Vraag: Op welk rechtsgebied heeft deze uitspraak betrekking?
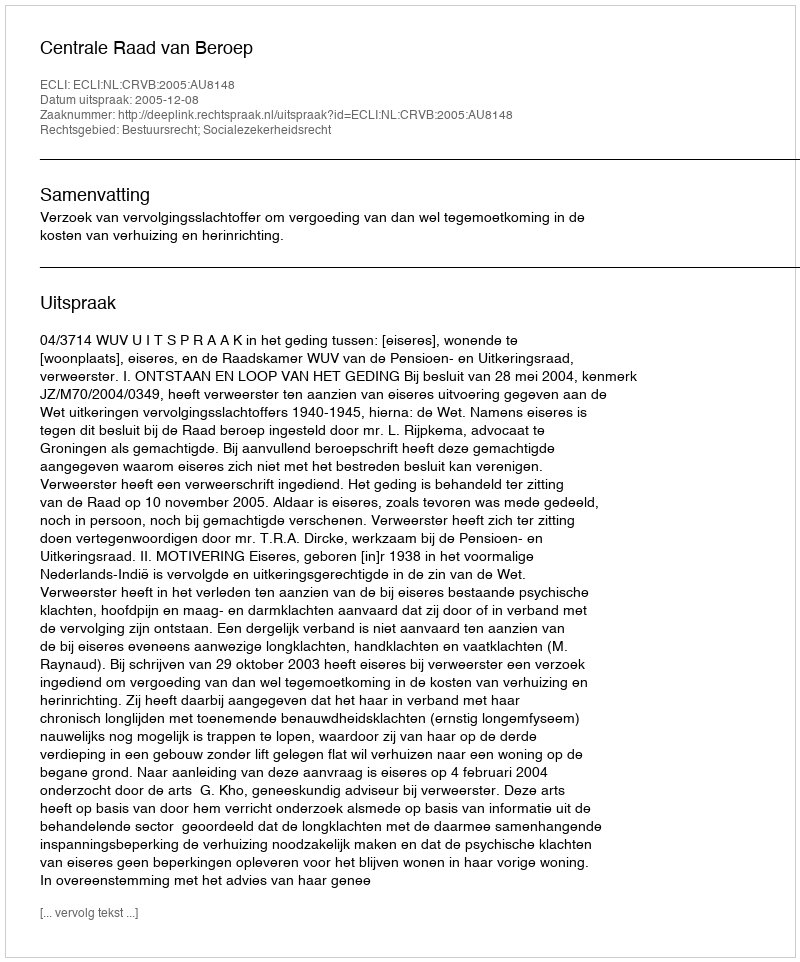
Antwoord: Bestuursrecht; Socialezekerheidsrecht